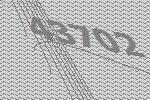
43702